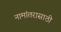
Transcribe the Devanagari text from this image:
नामांतरासाठी